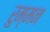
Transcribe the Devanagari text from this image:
रुम्मन